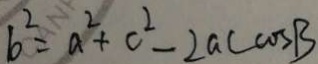
b ^ { 2 } = a ^ { 2 } + c ^ { 2 } - 2 a c \cos B